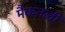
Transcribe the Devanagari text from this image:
मैकनली